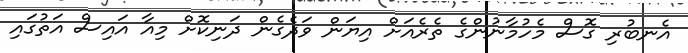
އެނބުރި ގޮސް މެހުމާނުންގެ ތެރެއަށް އިޔަން ވަދެގެން ދަނިކޮށް މިއާ އައިސް އަތުގައި